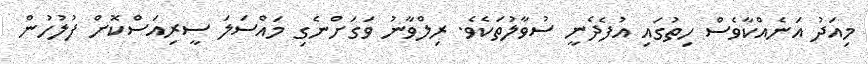
މިއަދު އަނެއްކާވެސް ހިތުގައި އުފެދެނީ ސުވާލުތަކެވެ. ރިލްވާނު ވަގަށްނެގި މައްސަލަ ސީރިއަސްކޮށް ފުލުހުން